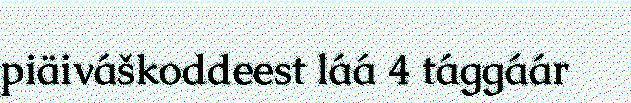
piäiváškoddeest láá 4 tággáár